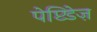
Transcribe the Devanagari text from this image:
पेप्टिडेज़